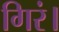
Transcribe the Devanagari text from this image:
गिरं।